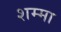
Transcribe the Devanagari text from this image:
शम्मा